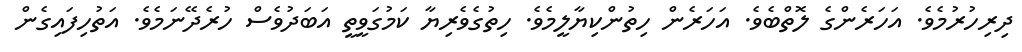
ދިރިހުރުމެވެ. އަހަރެންގެ ލޮތްބެވެ. އަހަރެން ހިތުންކިޔާލީމެވެ. ހިތުގެވެރިޔާ ކަމުގަވީތީ އަބަދުވެސް ހުރެދޭނަމެވެ. އަތުހިފައިގެން